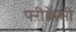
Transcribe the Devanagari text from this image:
फ्ऱीक्वेंसी